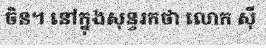
ចិន។ នៅក្នុងសុន្ទរកថា លោក ស៊ី